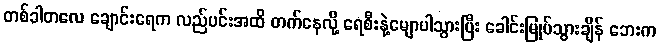
တစ်ခါတလေ ချောင်းရေက လည်ပင်းအထိ တက်နေလို့ ရေစီးနဲ့မျောပါသွားပြီး ခေါင်းမြုပ်သွားချိန် ဘေးက